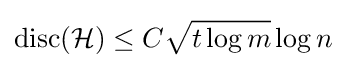
\operatorname {disc} ({\mathcal {H}})\leq C{\sqrt {t\log m}}\log n